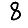
Digit: 8